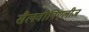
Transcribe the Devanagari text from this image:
सैलवीनिएलीज